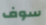
سوف